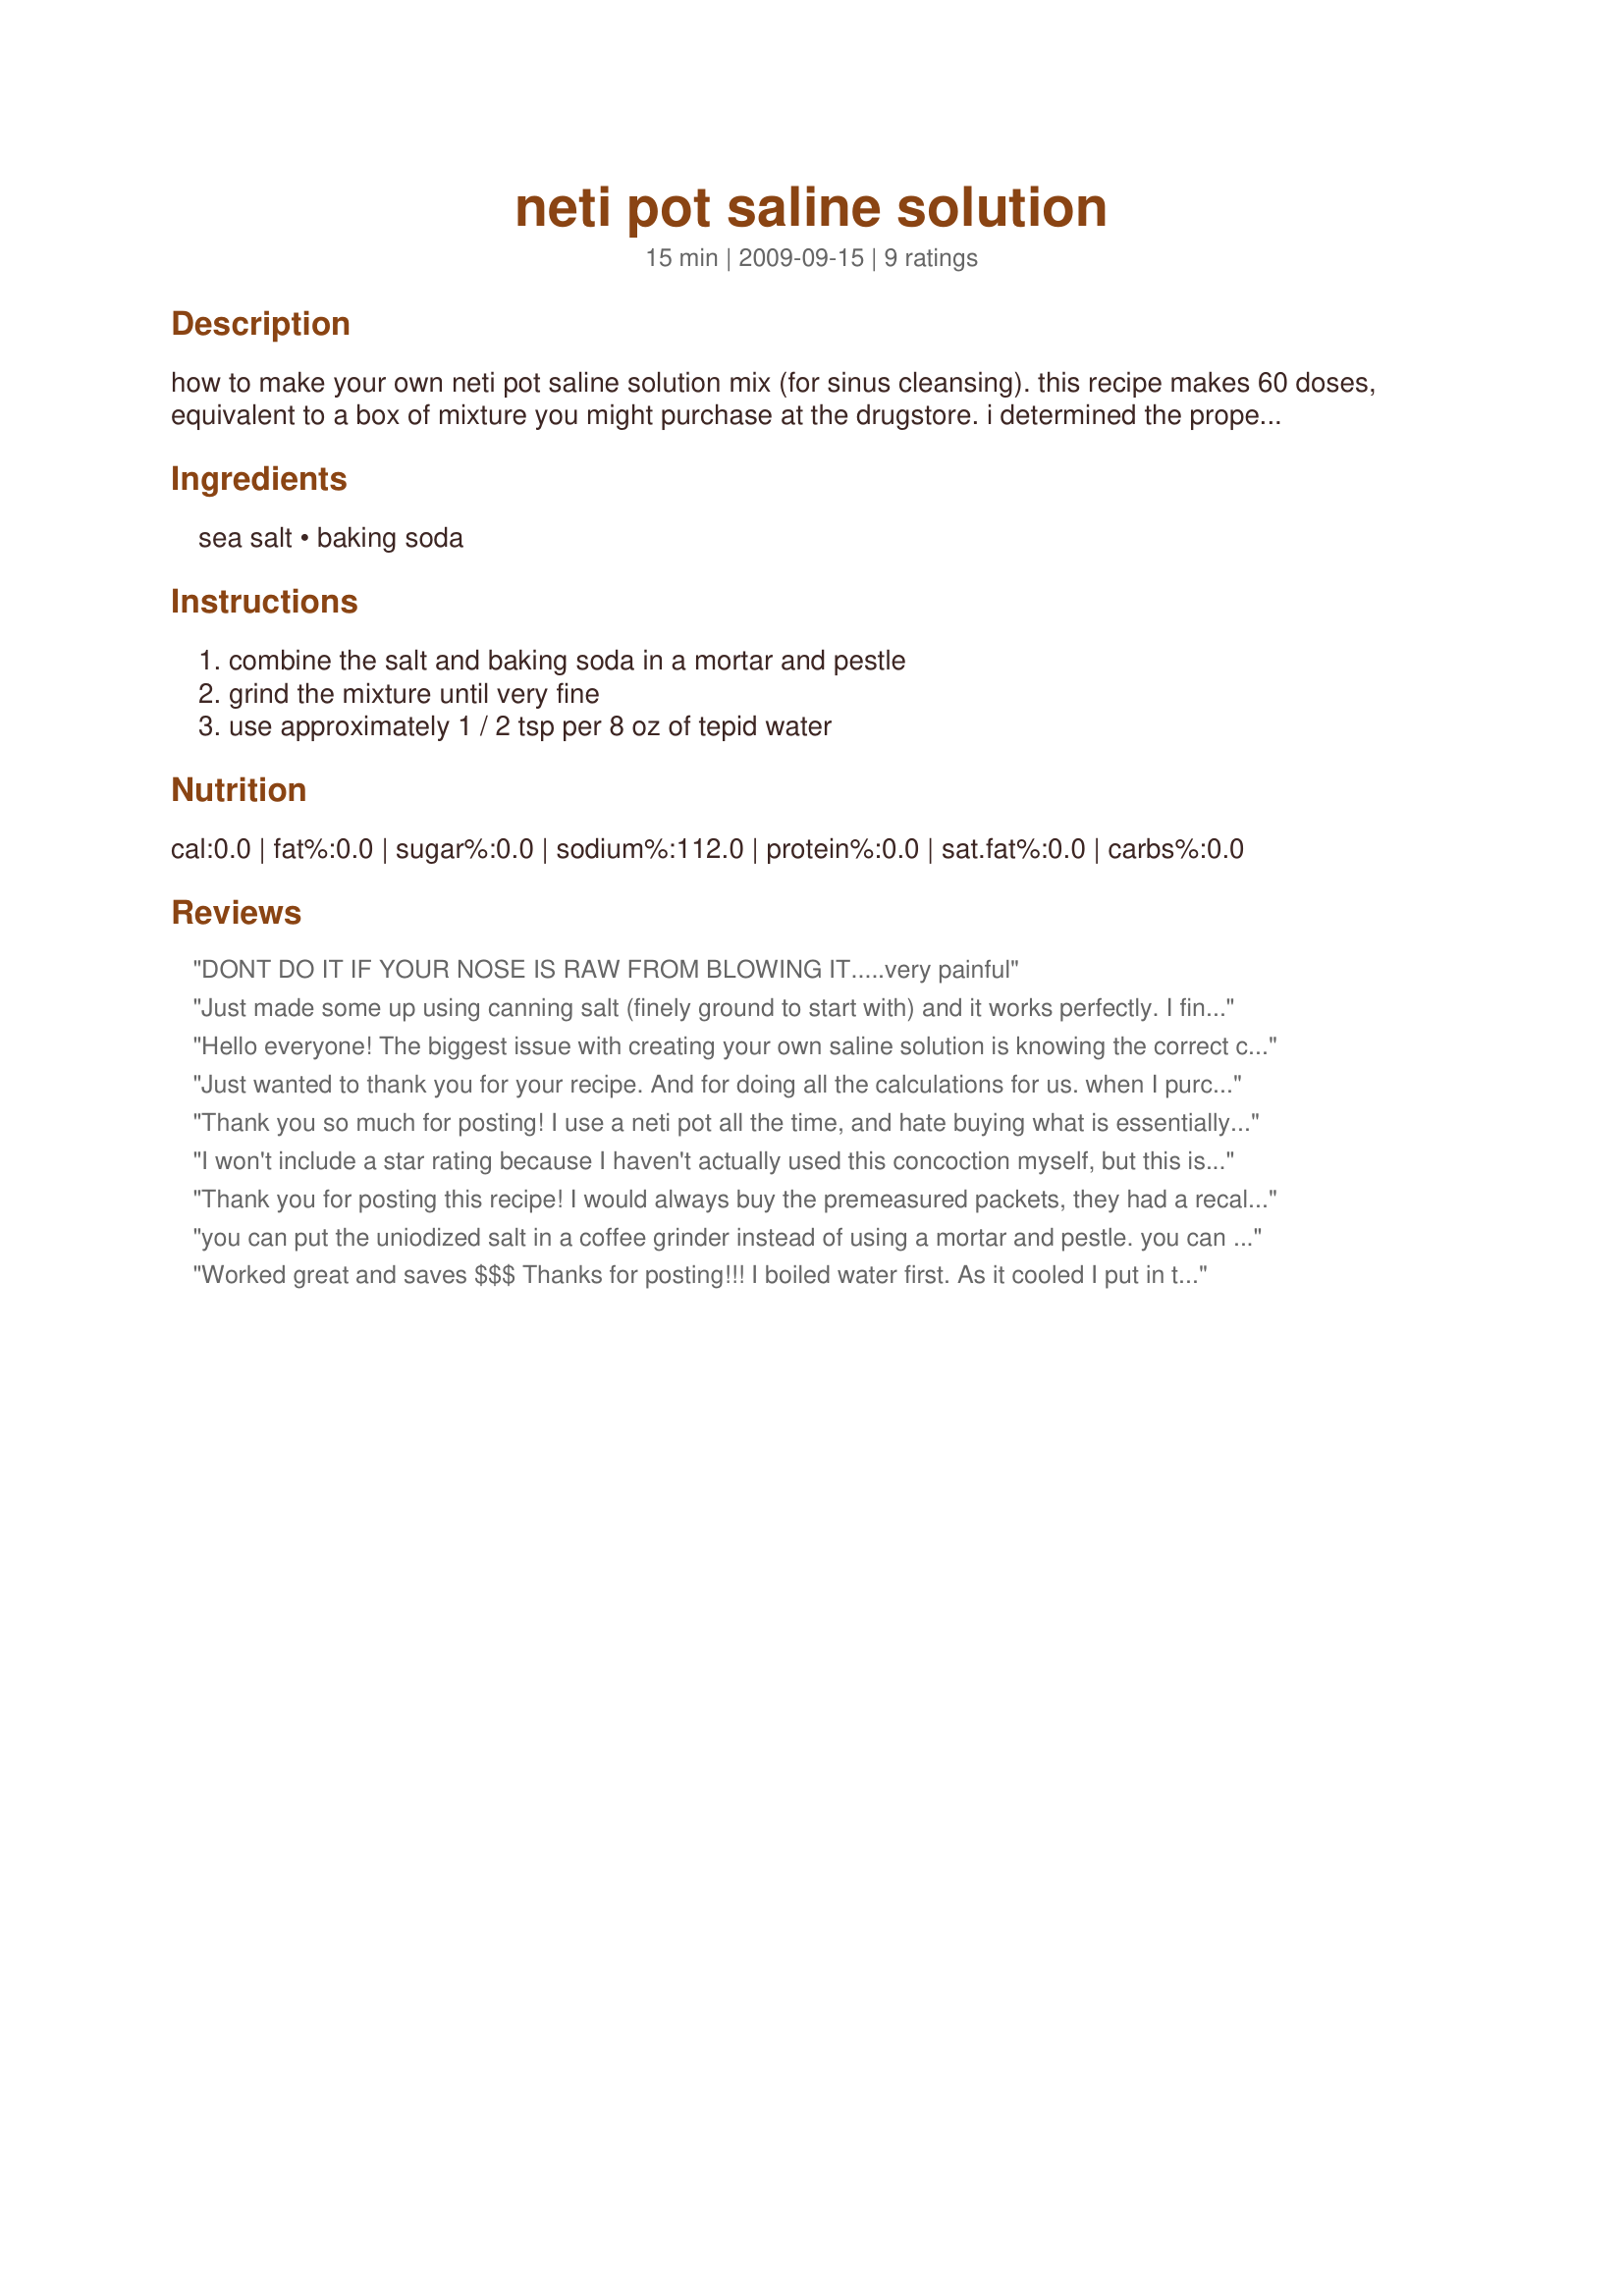
neti pot saline solution
Preparation time: 15 minutes

how to make your own neti pot saline solution mix (for sinus cleansing). this recipe makes 60 doses, equivalent to a box of mixture you might purchase at the drugstore.

i determined the proper ingredients, ratios, and dose size from saline solution mix sold over-the-counter. i only recommend using this recipe if you're familiar with how neti pots work. non-iodized salt is the normal ingredient for neti pot solution - the additional baking soda (sodium bicarbonate) seems to help sooth nasal passages. if you're uncertain about the baking soda, omit it and just use the salt.

simple, yet effective.

Ingredients:
sea salt, baking soda

Steps:
combine the salt and baking soda in a mortar and pestle, grind the mixture until very fine, use approximately 1 / 2 tsp per 8 oz of tepid water

Reviews:
DONT DO IT IF YOUR NOSE IS RAW FROM BLOWING IT.....very painful
Just made some up using canning salt (finely ground to start with) and it works perfectly. I find that using this largely removes my need for hay-fever meds (Claritan). Thanks for sharing.
Hello everyone! The biggest issue with creating your own saline solution is knowing the correct chemical balance that won't burn the inside of your nose, and I don't think that this recipe avoids this issue. I used this recipe and changed the amounts of kosher salts on several occasions, but each time, my nose burned as if I snorted glass. That's when I found a product on Facebook called Nav&auml;ge Nasal Care. It's like the neti pot, but WAY better because you get these SaltPods that have been pre-measured to balance the water requirement. It was funky to try, but when I did try it, my nose did not burn! Ever since, I've been recommending this device to everyone! Plus, there's no mess! It's all self-contained! You don't have to crook your neck over the sink anymore with this thing. Check it out right now: navage.com
Just wanted to thank you for your recipe. And for doing all the calculations for us. when I purchased my neti pot it came with a small pkg of solution, but otherwise I've never bought them. Just mixed up my own with Celtic Sea Salt & Baking soda each time I needed it. <br/>I am going to make your version as with winter and cold & flu season being here, I will use it everyday to wash away any germs and allergy problems too. <br/>Again...thank you VERY much <br/>Laurie
Thank you so much for posting! I use a neti pot all the time, and hate buying what is essentially salt in those expensive little bags at the health food store. Now I can make my own!
I won't include a star rating because I haven't actually used this concoction myself, but this is a great *natural* way to clear your sinuses! Personally, I mix 1/4 tsp. non-iodized salt with warm water in my Neti pot, which seems to be a little smaller than the ones you can buy at the drug store. Perfect post for the flu season!
Thank you for posting this recipe! I would always buy the premeasured packets, they had a recall, couldn't get them found this recpie having been using this evert since. I think it works better!
you can put the uniodized salt in a coffee grinder instead of using a mortar and pestle. you can also buy canning salt. it is already ground up finely. enjoy.
Worked great and saves $$$ Thanks for posting!!! I boiled water first. As it cooled I put in the 1/2 teaspoon of salt/soda to disolve. Waited until it cooled a bit and then used.
